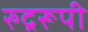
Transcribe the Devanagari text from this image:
रुद्ररूपी